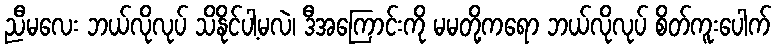
ညီမလေး ဘယ်လိုလုပ် သိနိုင်ပါ့မလဲ၊ ဒီအကြောင်းကို မမတို့ကရော ဘယ်လိုလုပ် စိတ်ကူးပေါက်